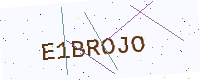
Text: E1BROJO